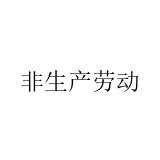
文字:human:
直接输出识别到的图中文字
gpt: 非生产劳动